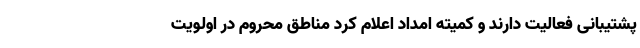
پشتیبانی فعالیت دارند و کمیته امداد اعلام کرد مناطق محروم در اولویت